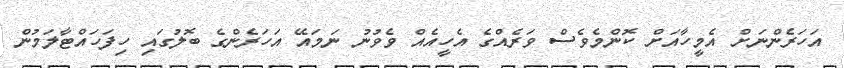
އަހަރެންނަށް އެމީހާއަށް ކޮންމެވެސް ވަރެއްގެ އެހީއެއް ވެވުނު ނަމައޭ އަހަރެންގެ ބޮލުގައި ހިފަހައްޓާލަމުން